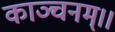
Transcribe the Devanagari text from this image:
काञ्चनम्।।